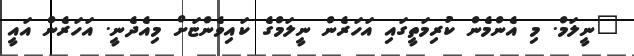
"ނީލަމް. މި އެންމެން ކުރިމަތީގައި އަހަރެން ނީލަމްގެ ކައިވެންޏަށް މިއެދެނީ. އަހަރެން އައީ